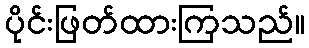
ပိုင်းဖြတ်ထားကြသည်။